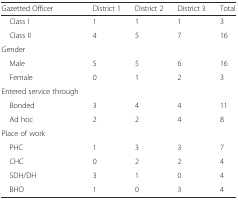
<table><thead><tr><td><b>Gazetted Officer</b></td><td><b>District 1</b></td><td><b>District 2</b></td><td><b>District 3</b></td><td><b>Total</b></td></tr></thead><tbody><tr><td> Class I</td><td>1</td><td>1</td><td>1</td><td>3</td></tr><tr><td> Class II</td><td>4</td><td>5</td><td>7</td><td>16</td></tr><tr><td>Gender</td><td>[EMPTY_CELL]</td><td>[EMPTY_CELL]</td><td>[EMPTY_CELL]</td><td>[EMPTY_CELL]</td></tr><tr><td> Male</td><td>5</td><td>5</td><td>6</td><td>16</td></tr><tr><td> Female</td><td>0</td><td>1</td><td>2</td><td>3</td></tr><tr><td>Entered service through</td><td>[EMPTY_CELL]</td><td>[EMPTY_CELL]</td><td>[EMPTY_CELL]</td><td>[EMPTY_CELL]</td></tr><tr><td> Bonded</td><td>3</td><td>4</td><td>4</td><td>11</td></tr><tr><td> Ad hoc</td><td>2</td><td>2</td><td>4</td><td>8</td></tr><tr><td>Place of work</td><td>[EMPTY_CELL]</td><td>[EMPTY_CELL]</td><td>[EMPTY_CELL]</td><td>[EMPTY_CELL]</td></tr><tr><td> PHC</td><td>1</td><td>3</td><td>3</td><td>7</td></tr><tr><td> CHC</td><td>0</td><td>2</td><td>2</td><td>4</td></tr><tr><td> SDH/DH</td><td>3</td><td>1</td><td>0</td><td>4</td></tr><tr><td> BHO</td><td>1</td><td>0</td><td>3</td><td>4</td></tr></tbody></table>